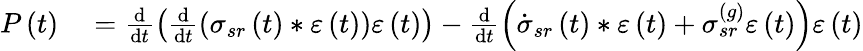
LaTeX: \begin{array}{rl}{P\left(t\right)}&{{}=\frac{\mathrm{d}}{\mathrm{d}t}\left(\frac{\mathrm{d}}{\mathrm{d}t}\left(\sigma_{sr}\left(t\right)\ast\varepsilon\left(t\right)\right)\varepsilon\left(t\right)\right)-\frac{\mathrm{d}}{\mathrm{d}t}\left(\dot{\sigma}_{sr}\left(t\right)\ast\varepsilon\left(t\right)+\sigma_{sr}^{\left(g\right)}\varepsilon\left(t\right)\right)\varepsilon\left(t\right)}\end{array}